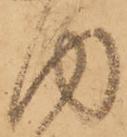
内